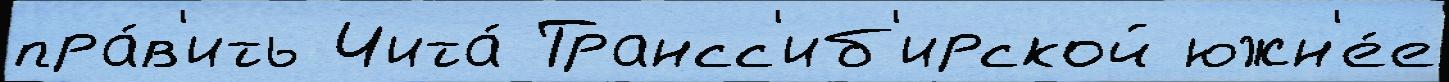
пра́в'ить Чита́ Трансс'иб'ирской южн'е́е